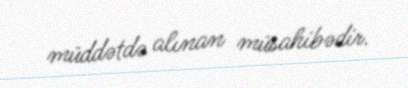
müddətdə alınan müsahibədir.